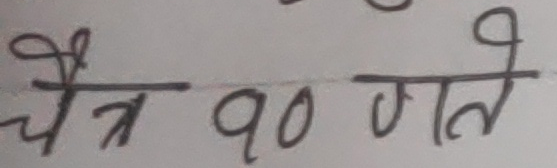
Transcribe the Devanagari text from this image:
चैत्र १० गते